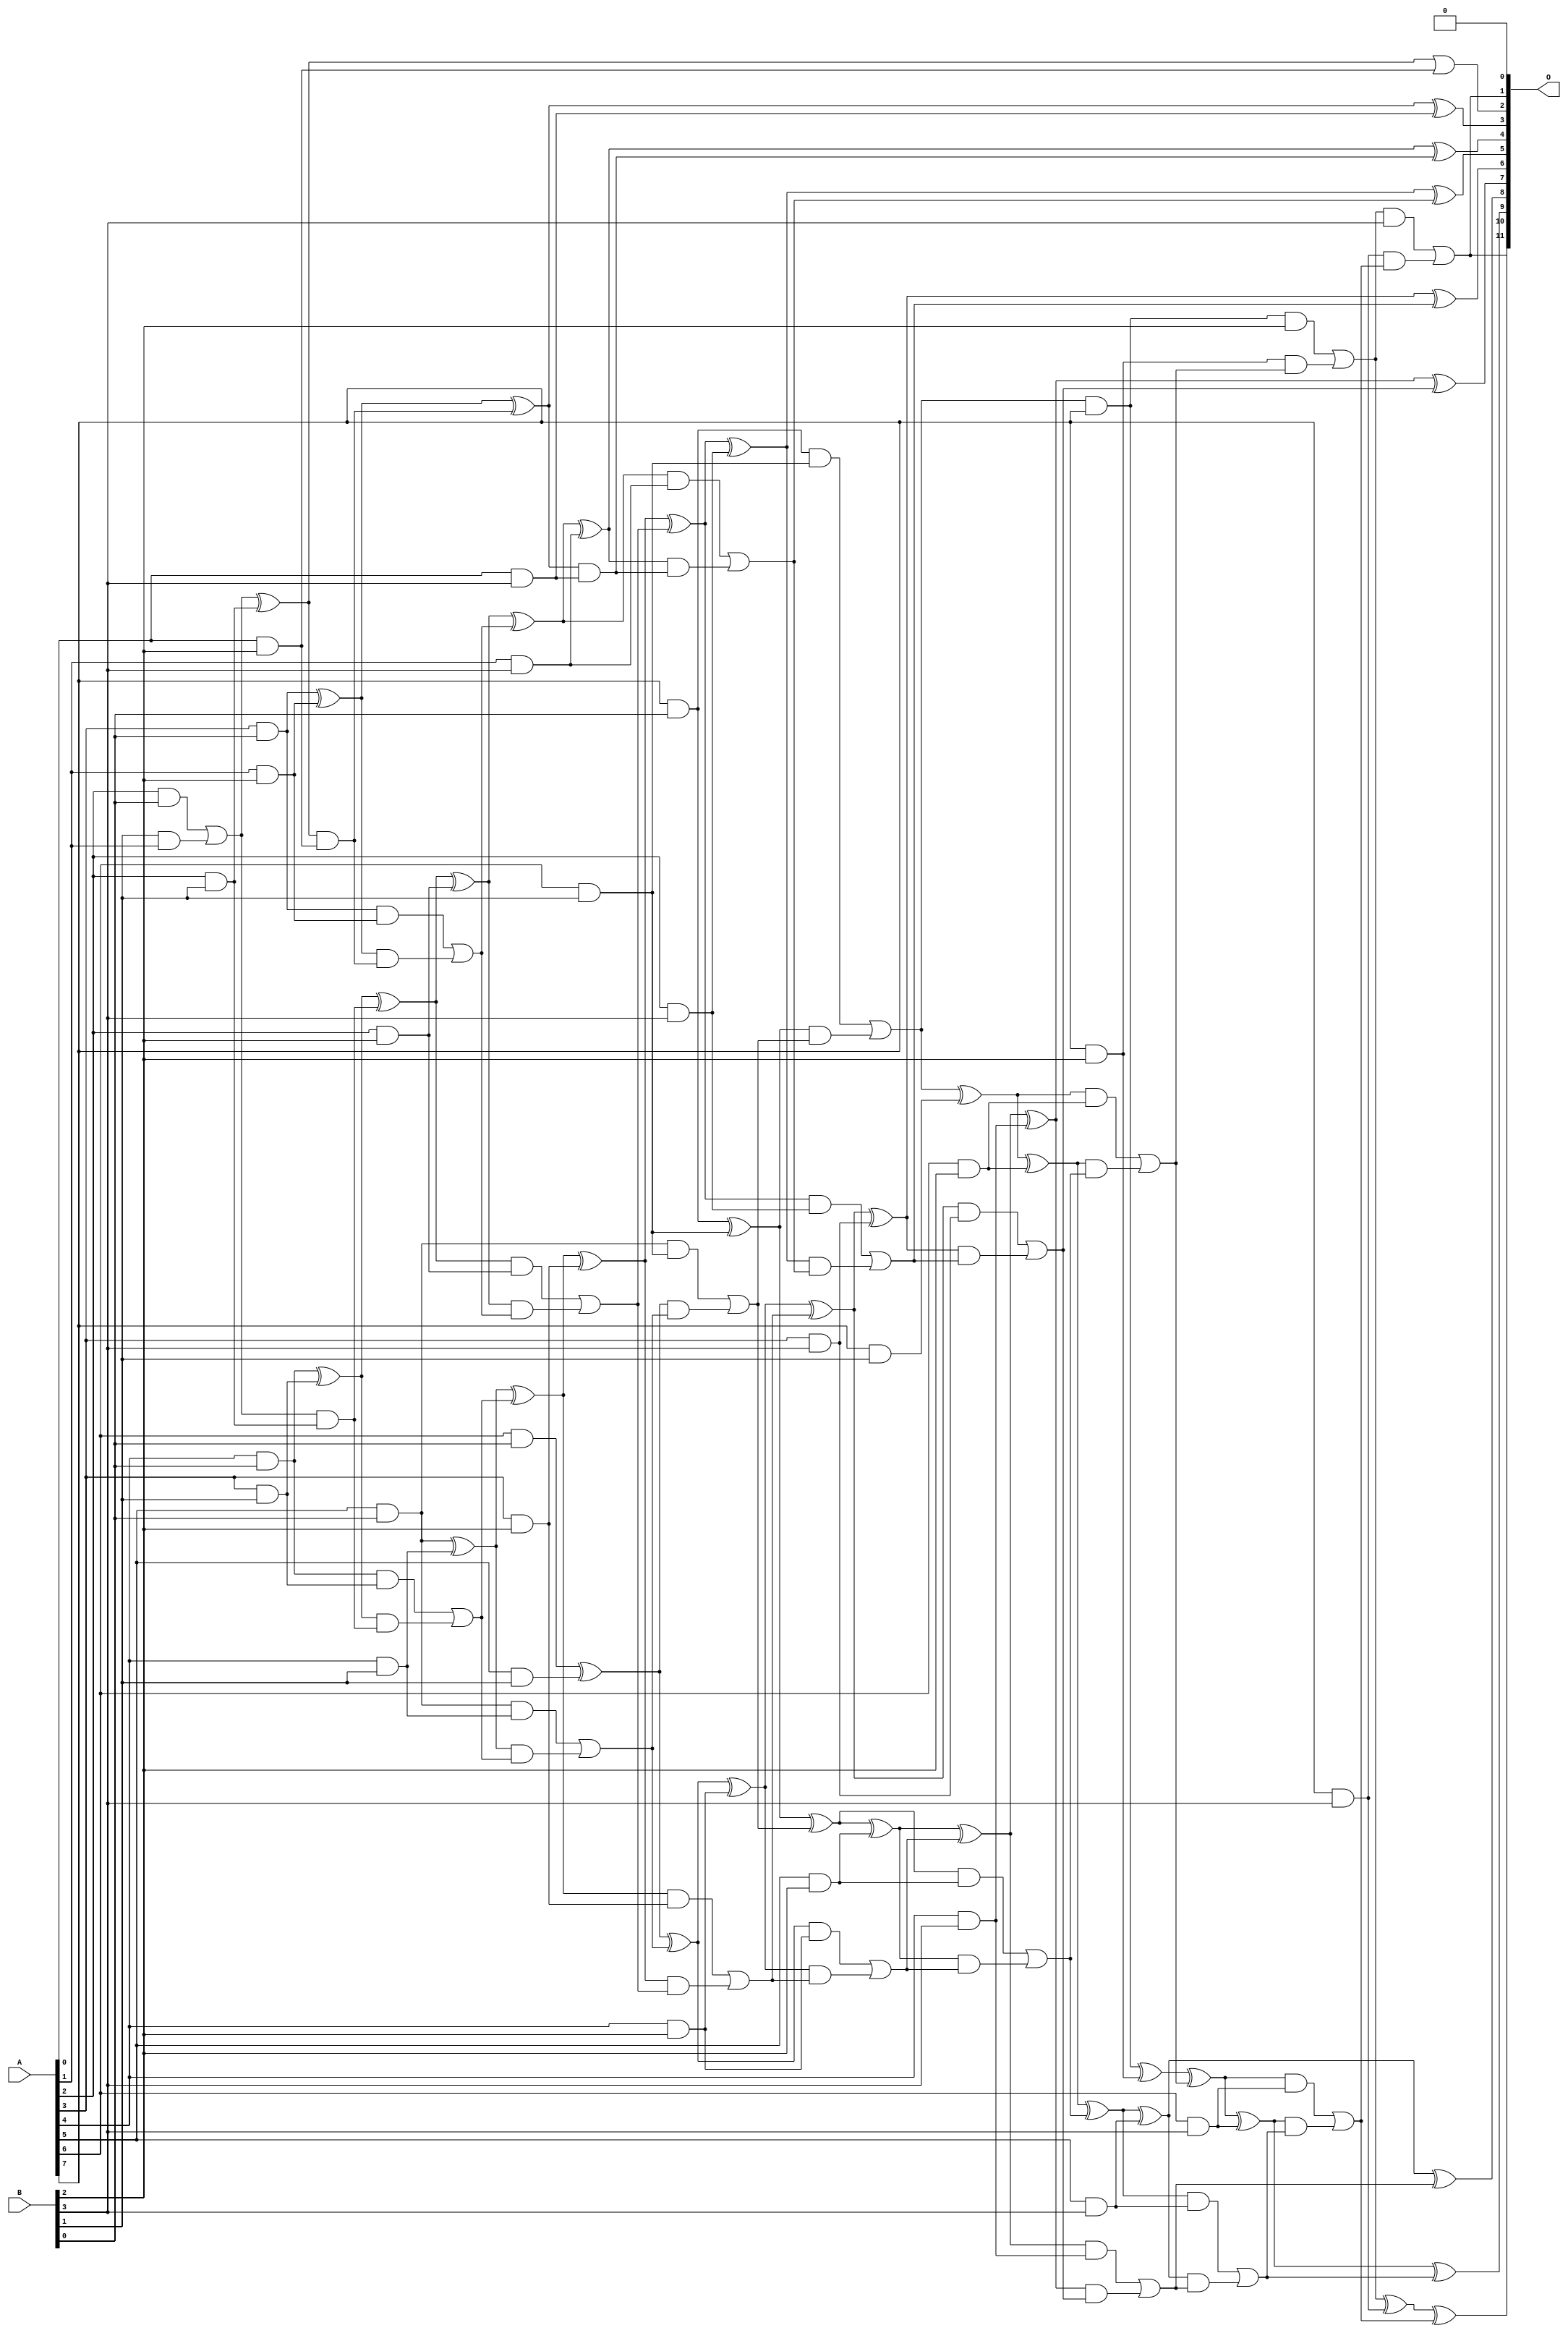
/***
* This code is a part of EvoApproxLib library (ehw.fit.vutbr.cz/approxlib) distributed under The MIT License.
* When used, please cite the following article(s): V. Mrazek, L. Sekanina, Z. Vasicek "Libraries of Approximate Circuits: Automated Design and Application in CNN Accelerators" IEEE Journal on Emerging and Selected Topics in Circuits and Systems, Vol 10, No 4, 2020 
* This file contains a circuit from a sub-set of pareto optimal circuits with respect to the pwr and mse parameters
***/
// MAE% = 0.039 %
// MAE = 1.6 
// WCE% = 0.15 %
// WCE = 6.0 
// WCRE% = 100.00 %
// EP% = 60.79 %
// MRE% = 0.90 %
// MSE = 5.3 
// PDK45_PWR = 0.122 mW
// PDK45_AREA = 278.8 um2
// PDK45_DELAY = 1.08 ns

module mul8x4u_485 (
    A,
    B,
    O
);

input [7:0] A;
input [3:0] B;
output [11:0] O;

wire sig_13,sig_14,sig_15,sig_16,sig_17,sig_18,sig_19,sig_23,sig_24,sig_25,sig_26,sig_27,sig_29,sig_30,sig_31,sig_33,sig_39,sig_40,sig_41,sig_42;
wire sig_43,sig_44,sig_45,sig_46,sig_47,sig_48,sig_49,sig_50,sig_52,sig_53,sig_54,sig_55,sig_56,sig_57,sig_58,sig_59,sig_60,sig_61,sig_62,sig_63;
wire sig_64,sig_65,sig_66,sig_67,sig_68,sig_69,sig_70,sig_71,sig_72,sig_73,sig_74,sig_75,sig_76,sig_77,sig_78,sig_79,sig_80,sig_81,sig_82,sig_83;
wire sig_84,sig_85,sig_86,sig_87,sig_88,sig_89,sig_90,sig_91,sig_92,sig_93,sig_94,sig_95,sig_96,sig_97,sig_98,sig_99,sig_100,sig_101,sig_102,sig_103;
wire sig_104,sig_105,sig_106,sig_107,sig_108,sig_109,sig_110,sig_111,sig_112,sig_113,sig_114,sig_115,sig_116,sig_117,sig_118,sig_119,sig_120,sig_121,sig_122,sig_123;
wire sig_124,sig_125,sig_126,sig_127,sig_128,sig_129,sig_130,sig_131,sig_132,sig_133,sig_134,sig_135,sig_136,sig_137,sig_138,sig_139,sig_140,sig_141,sig_142,sig_143;
wire sig_144,sig_145,sig_146,sig_147,sig_148,sig_149,sig_150,sig_151;

assign sig_13 = B[1] & A[1];
assign sig_14 = A[2] & B[0];
assign sig_15 = A[3] & B[0];
assign sig_16 = A[4] & B[0];
assign sig_17 = A[5] & B[0];
assign sig_18 = A[6] & B[0];
assign sig_19 = A[7] & B[0];
assign sig_23 = A[3] & B[1];
assign sig_24 = A[4] & B[1];
assign sig_25 = A[5] & B[1];
assign sig_26 = A[6] & B[1];
assign sig_27 = A[7] & B[1];
assign sig_29 = sig_17 & sig_26;
assign sig_30 = sig_14 | sig_13;
assign sig_31 = A[2] & B[1];
assign sig_33 = sig_30 ^ sig_31;
assign sig_39 = sig_30 & sig_31;
assign sig_40 = sig_16 ^ sig_23;
assign sig_41 = sig_16 & sig_23;
assign sig_42 = sig_40 & sig_39;
assign sig_43 = sig_40 ^ sig_39;
assign sig_44 = sig_41 | sig_42;
assign sig_45 = sig_17 ^ sig_24;
assign sig_46 = sig_17 & sig_24;
assign sig_47 = sig_45 & sig_44;
assign sig_48 = sig_45 ^ sig_44;
assign sig_49 = sig_46 | sig_47;
assign sig_50 = sig_18 ^ sig_25;
assign sig_52 = sig_50 & sig_49;
assign sig_53 = sig_50 ^ sig_49;
assign sig_54 = sig_29 | sig_52;
assign sig_55 = sig_19 ^ sig_26;
assign sig_56 = sig_19 & sig_26;
assign sig_57 = sig_55 & sig_54;
assign sig_58 = sig_55 ^ sig_54;
assign sig_59 = sig_56 | sig_57;
assign sig_60 = sig_59 & A[7];
assign sig_61 = sig_59 ^ sig_27;
assign sig_62 = A[0] & B[2];
assign sig_63 = A[1] & B[2];
assign sig_64 = A[2] & B[2];
assign sig_65 = A[3] & B[2];
assign sig_66 = A[4] & B[2];
assign sig_67 = A[5] & B[2];
assign sig_68 = A[6] & B[2];
assign sig_69 = A[7] & B[2];
assign sig_70 = sig_33 & sig_62;
assign sig_71 = sig_33 | sig_62;
assign sig_72 = sig_15 ^ sig_63;
assign sig_73 = sig_15 & sig_63;
assign sig_74 = sig_72 & sig_70;
assign sig_75 = sig_72 ^ sig_70;
assign sig_76 = sig_73 | sig_74;
assign sig_77 = sig_43 ^ sig_64;
assign sig_78 = sig_43 & sig_64;
assign sig_79 = sig_77 & sig_76;
assign sig_80 = sig_77 ^ sig_76;
assign sig_81 = sig_78 | sig_79;
assign sig_82 = sig_48 ^ sig_65;
assign sig_83 = sig_48 & sig_65;
assign sig_84 = sig_82 & sig_81;
assign sig_85 = sig_82 ^ sig_81;
assign sig_86 = sig_83 | sig_84;
assign sig_87 = sig_53 ^ sig_66;
assign sig_88 = sig_53 & sig_66;
assign sig_89 = sig_87 & sig_86;
assign sig_90 = sig_87 ^ sig_86;
assign sig_91 = sig_88 | sig_89;
assign sig_92 = sig_58 ^ sig_67;
assign sig_93 = sig_58 & sig_67;
assign sig_94 = sig_92 & sig_91;
assign sig_95 = sig_92 ^ sig_91;
assign sig_96 = sig_93 | sig_94;
assign sig_97 = sig_61 ^ sig_68;
assign sig_98 = sig_61 & sig_68;
assign sig_99 = sig_97 & sig_96;
assign sig_100 = sig_97 ^ sig_96;
assign sig_101 = sig_98 | sig_99;
assign sig_102 = sig_60 ^ sig_69;
assign sig_103 = sig_60 & B[2];
assign sig_104 = sig_69 & sig_101;
assign sig_105 = sig_102 ^ sig_101;
assign sig_106 = sig_103 | sig_104;
assign sig_107 = A[0] & B[3];
assign sig_108 = A[1] & B[3];
assign sig_109 = A[2] & B[3];
assign sig_110 = A[3] & B[3];
assign sig_111 = A[4] & B[3];
assign sig_112 = A[5] & B[3];
assign sig_113 = A[6] & B[3];
assign sig_114 = A[7] & B[3];
assign sig_115 = sig_75 & sig_107;
assign sig_116 = sig_75 ^ sig_107;
assign sig_117 = sig_80 ^ sig_108;
assign sig_118 = sig_80 & sig_108;
assign sig_119 = sig_117 & sig_115;
assign sig_120 = sig_117 ^ sig_115;
assign sig_121 = sig_118 | sig_119;
assign sig_122 = sig_85 ^ sig_109;
assign sig_123 = sig_85 & sig_109;
assign sig_124 = sig_122 & sig_121;
assign sig_125 = sig_122 ^ sig_121;
assign sig_126 = sig_123 | sig_124;
assign sig_127 = sig_90 ^ sig_110;
assign sig_128 = sig_90 & sig_110;
assign sig_129 = sig_127 & sig_126;
assign sig_130 = sig_127 ^ sig_126;
assign sig_131 = sig_128 | sig_129;
assign sig_132 = sig_95 ^ sig_111;
assign sig_133 = sig_95 & sig_111;
assign sig_134 = sig_132 & sig_131;
assign sig_135 = sig_132 ^ sig_131;
assign sig_136 = sig_133 | sig_134;
assign sig_137 = sig_100 ^ sig_112;
assign sig_138 = sig_100 & sig_112;
assign sig_139 = sig_137 & sig_136;
assign sig_140 = sig_137 ^ sig_136;
assign sig_141 = sig_138 | sig_139;
assign sig_142 = sig_105 ^ sig_113;
assign sig_143 = sig_105 & sig_113;
assign sig_144 = sig_142 & sig_141;
assign sig_145 = sig_142 ^ sig_141;
assign sig_146 = sig_143 | sig_144;
assign sig_147 = sig_106 ^ sig_114;
assign sig_148 = sig_106 & B[3];
assign sig_149 = sig_114 & sig_146;
assign sig_150 = sig_147 ^ sig_146;
assign sig_151 = sig_148 | sig_149;

assign O[11] = sig_151;
assign O[10] = sig_150;
assign O[9] = sig_145;
assign O[8] = sig_140;
assign O[7] = sig_135;
assign O[6] = sig_130;
assign O[5] = sig_125;
assign O[4] = sig_120;
assign O[3] = sig_116;
assign O[2] = sig_71;
assign O[1] = sig_151;
assign O[0] = 1'b0;

endmodule